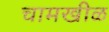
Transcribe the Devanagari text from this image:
चामखीळ